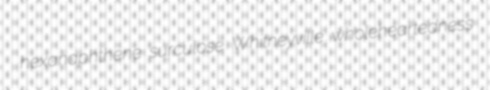
hexanaphthene surculose Whitneyville wholeheartedness